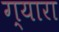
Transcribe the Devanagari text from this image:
ग्यारा